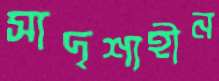
সাদৃশ্যহীন